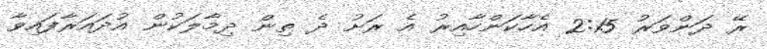
ރޭ ދަންވަރު 2:15 އެހާކަންހާއިރު އެ ރަށު ދެ ތިން ދިމާލަކުން އުދައަރާފައިވާ